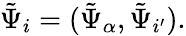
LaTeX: \tilde{\Psi}_{i}=(\tilde{\Psi}_{{\alpha}},\tilde{\Psi}_{{i^{\prime}}}).